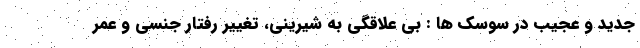
جدید و عجیب در سوسک ها : بی علاقگی به شیرینی، تغییر رفتار جنسی و عمر